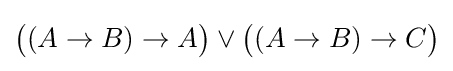
{\big (}(A\to B)\to A{\big )}\lor {\big (}(A\to B)\to C{\big )}